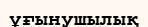
ұғынушылық